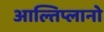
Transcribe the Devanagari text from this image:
आल्तिप्लानो